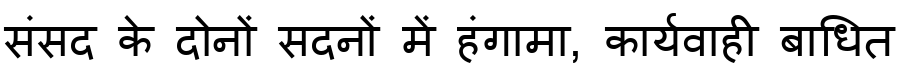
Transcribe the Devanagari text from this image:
संसद के दोनों सदनों में हंगामा, कार्यवाही बाधित